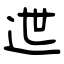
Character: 迣